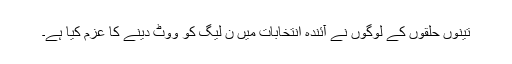
تینوں حلقوں کے لوگوں نے آئندہ انتخابات میں ن لیگ کو ووٹ دینے کا عزم کیا ہے۔